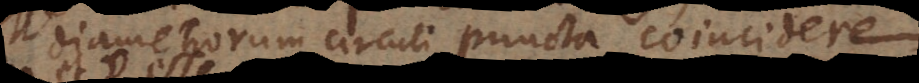
diametrorum circuli puncta coin